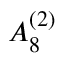
{ A } _ { 8 } ^ { ( 2 ) }